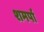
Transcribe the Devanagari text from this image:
शमर्पा